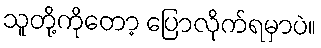
သူတို့ကိုတော့ ပြောလိုက်ရမှာပဲ။